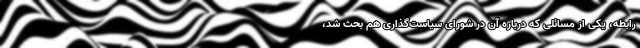
رابطه، یکی از مسائلی که درباره آن در شورای سیاست‌گذاری هم بحث شد،